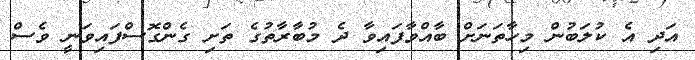
އަދި އެ ކުލަބުން މިހާތަނަށް ބާއްވާފައިވާ ދެ މުބާރާތުގެ ތަށި ގެންގޮސްފައިވަނީ ވެސް